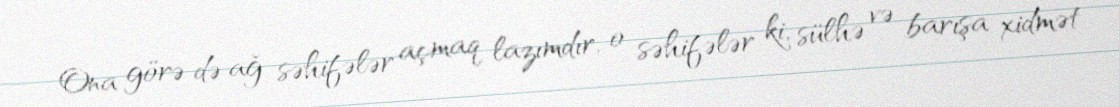
Ona görə də ağ səhifələr açmaq lazımdır, o səhifələr ki, sülhə və barışa xidmət